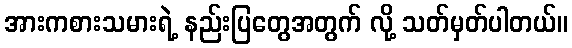
အားကစားသမားရဲ့ နည်းပြတွေအတွက် လို့ သတ်မှတ်ပါတယ်။